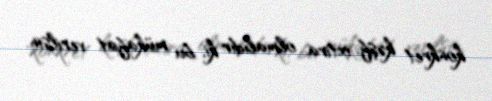
konkret kəşf, ixtira olmalıdır ki, bu mükafat verilsin.